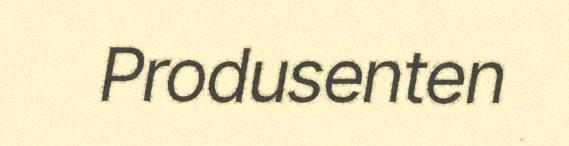
Produsenten